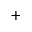
^ +